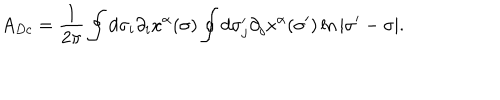
A _ { D c } = \frac { 1 } { 2 \pi } \oint d \sigma _ { i } \partial _ { i } x ^ { \alpha } ( \sigma ) \oint d \sigma _ { j } ^ { \prime } \partial _ { j } x ^ { \alpha } ( \sigma ^ { \prime } ) \ln | \sigma ^ { \prime } - \sigma | .